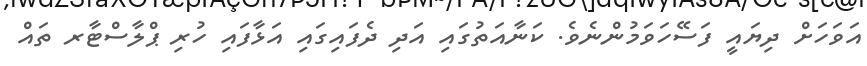
އަވަހަށް ދިޔައީ ފަސޭހަވަމުންނެވެ. ކަނާއަތުގައި އަދި ދެފައިގައި އަޅާފައި ހުރި ޕްލާސްޓާރ ތައް